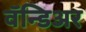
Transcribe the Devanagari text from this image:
वॅन्डिअर